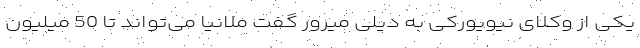
یکی از وکلای نیویورکی به دیلی میرور گفت ملانیا می‌تواند تا 50 میلیون